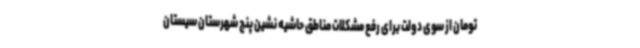
تومان از سوی دولت برای رفع مشکلات مناطق حاشیه نشین پنج شهرستان سیستان